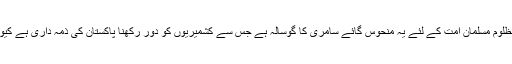
ان کے تھن سے عالمی بدمعاش ضرور اپنا شکم بھر تے ہیں لیکن مظلوم مسلمان امت کے لئے یہ منحوس گائے سامری کا گوسالہ ہے جس سے کشمیریوں کو دور رکھنا پاکستان کی ذمہ داری ہے کیونکہ پاکستان کشمیر کا فریق ہی نہیں سرپرست اور راہنما بھی ہے ۔